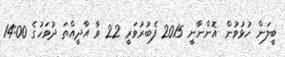
ބީލަން ހުޅުވުން އޮންނާނީ 2015 ފެބުރުވަރީ 22 ވާ އާދީއްތަ ދުވަހުގެ 14:00